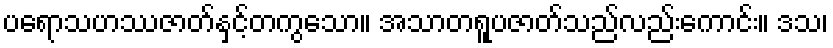
ပရောသဟဿဇာတ်နှင့်တကွသော။ အသာတရူပဇာတ်သည်လည်းကောင်း။ ဒသ၊